Indian journal of veterinary science and animal husbandry - Volume 2,
Year: 1932
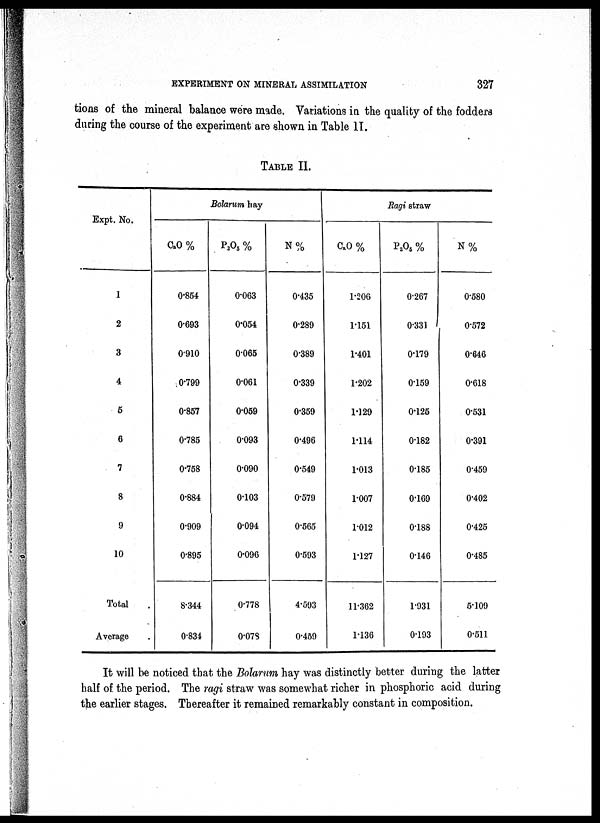
EXPERIMENT ON MINERAL ASSIMILATION
327
tions of the mineral balance were made. Variations in the quality of the fodders
during the course of the experiment are shown in Table II.
TABLE II.
Expt. No.
1
2
3
4
5
6
7
8
9
10
Total
Average
Bolarum hay
CaO %
0.854
0.693
0.910
0.799
0.867
0.785
0.758
0.884
0.909
0.895
8.344
0.834
P 2 O 3 %
0.063
0.054
0.065
0.061
0.059
0.093
0.090
0.103
0.094
0.096
0.778
0.078
N%
0.435
0.289
0.389
0.339
0.359
0.496
0.549
0.579
0.565
0.593
4.593
0.459
Ragi straw
C a O %
1.206
1.151
1.401
1.202
1.129
1.114
1.013
1.007
1.012
1.127
11.362
1.136
P 2 O 5 %
0.267
0.331
0.179
0.159
0.125
0.182
0.185
0.169
0.188
0.146
1.931
0.193
N %
0.580
0.572
0.646
0.618
0.531
0.391
0.459
0.402
0.425
0.485
5.109
0.511
It will be noticed that the Bolarum hay was distinctly better during the latter
half of the period. The ragi straw was somewhat richer in phosphoric acid during
the earlier stages. Thereafter it remained remarkably constant in composition.